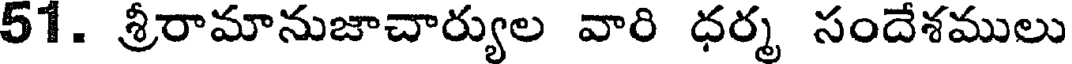
51. శ్రీరామానుజాచార్యుల వారి ధర్మ సందేశములు